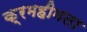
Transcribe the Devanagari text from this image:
क्रमहीनता